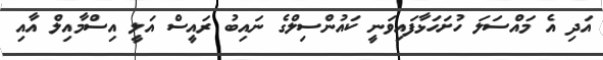
އަދި އެ މައްސަލަ ހުށަހަޅާފައިވަނީ ކައުންސިލްގެ ނައިބު ރައީސް އަލީ އިސްމާއިލް އާއި